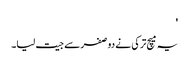
'
یہ میچ ترکی نے دو صفر سے جیت لیا۔